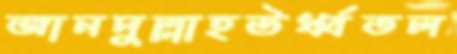
জানদুল্লাহঊর্ধ্বতল